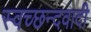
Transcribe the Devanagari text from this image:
स्वच्छन्दवादी